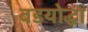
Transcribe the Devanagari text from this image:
वडयोद्धा